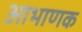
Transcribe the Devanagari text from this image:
आभाणक